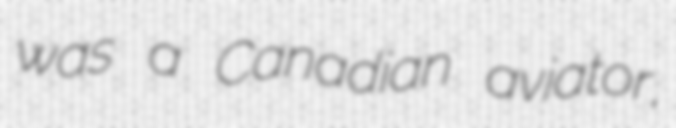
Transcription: was a Canadian aviator,